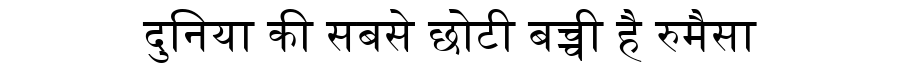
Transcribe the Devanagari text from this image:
दुनिया की सबसे छोटी बच्ची है रुमैसा